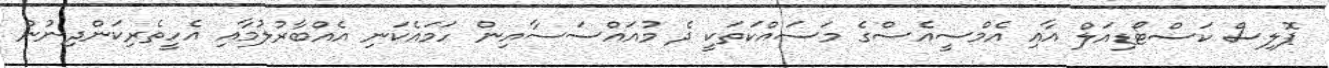
ޕޮލިސް ކަސްޓޯޑިއަލް އާއި އެމްސީއެސްގެ މަސައްކަތަކީ ދެ މުއައްސަސާއިން ހަމައެކަނި އެއްބާރުލުމާއި އެހީތެރިކަންދިނުން